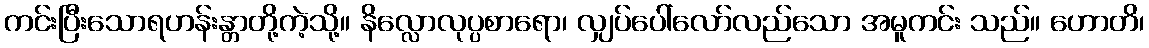
ကင်းပြီးသောရဟန်းန္တာတို့ကဲ့သို့။ နိလ္လောလုပ္ပစာရော၊ လျှပ်ပေါ်လော်လည်သော အမူကင်း သည်။ ဟောတိ၊